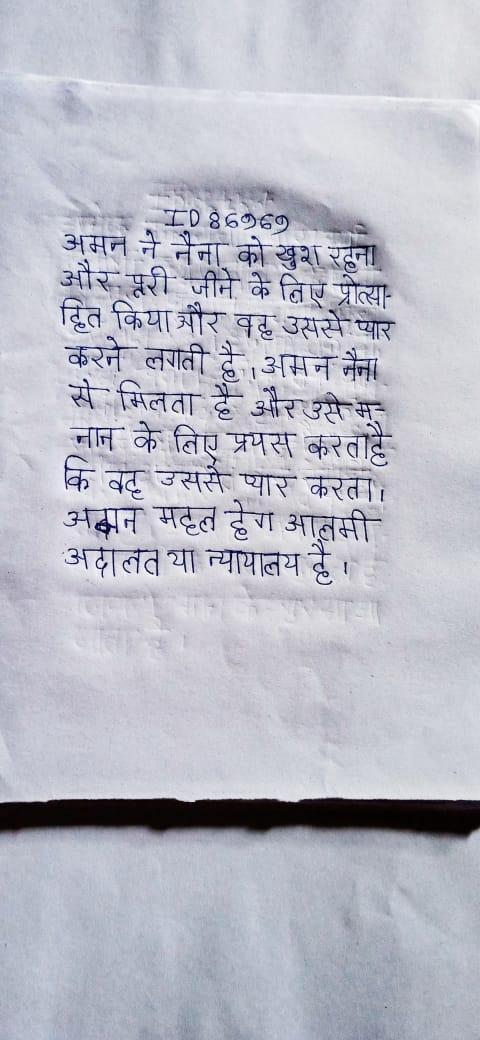
अमन ने नैना को खुश रहना और पूरी जीने के लिए प्रोत्साहित किया और वह उससे प्यार करने लगती है । अमन नैना से मिलता है और उसे मनाने के लिए प्रयास करता है कि वह उससे प्यार करता । अमन महल हेग आलमी अदालत या न्यायालय है ।